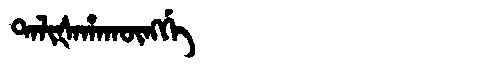
Manchu: ᡨᠠᠯᡳᡧᠠᡥᠠᡴᡡᠩᡤᡝ
Romanization: TALIŠAHAKŪNGGE